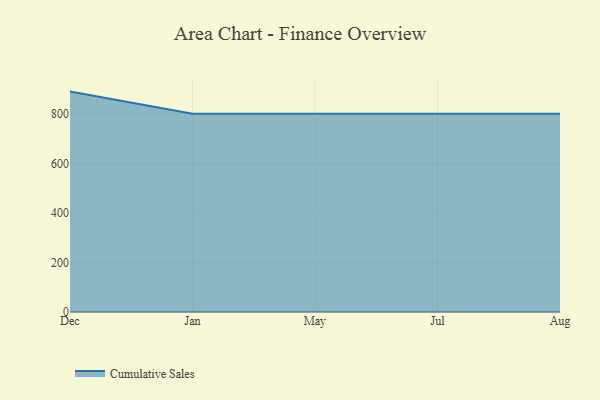
{"axis": {"x": "Month", "y": "Satisfaction Score"}, "legend": ["Cumulative Sales"], "data": [{"x": "Dec", "y": 889.6, "type": "Cumulative Sales"}, {"x": "Jan", "y": 800, "type": "Cumulative Sales"}, {"x": "May", "y": 800, "type": "Cumulative Sales"}, {"x": "Jul", "y": 800, "type": "Cumulative Sales"}, {"x": "Aug", "y": 800, "type": "Cumulative Sales"}]}